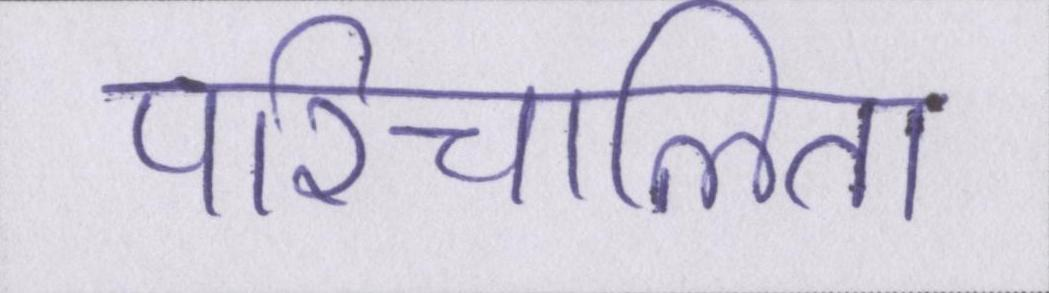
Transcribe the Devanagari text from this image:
परिचालित